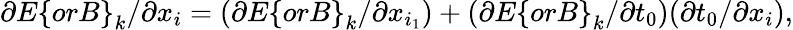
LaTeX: \partial E\left\{ orB\right\} _{k}/\partial x_{i}=(\partial E\left\{ orB\right\} _{k}/\partial x_{i_{1}})+(\partial E\left\{ orB\right\} _{k}/\partial t_{0})(\partial t_{0}/\partial x_{i}),